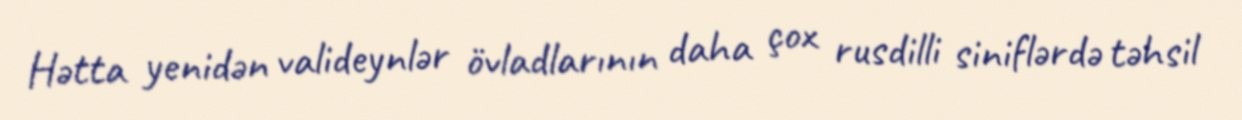
Hətta yenidən valideynlər övladlarının daha çox rusdilli siniflərdə təhsil